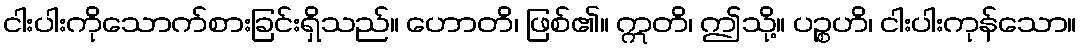
ငါးပါးကိုသောက်စားခြင်းရှိသည်။ ဟောတိ၊ ဖြစ်၏။ ဣတိ၊ ဤသို့။ ပဉ္စဟိ၊ ငါးပါးကုန်သော။